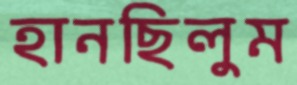
হানছিলুম